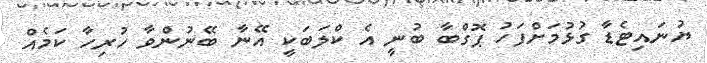
ޔުނައިޓެޑާ ގުޅުމަށްފަހު ޕޮގްބާ ބުނީ އެ ކްލަބަކީ އޭނާ ބޭނުންވާ ހުރިހާ ކަމެއް